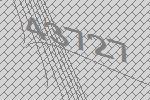
43727